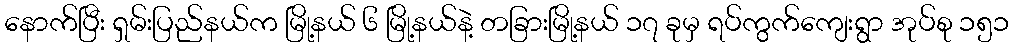
နောက်ပြီး ရှမ်းပြည်နယ်က မြို့နယ် ၆ မြို့နယ်နဲ့ တခြားမြို့နယ် ၁၇ ခုမှ ရပ်ကွက်ကျေးရွာ အုပ်စု ၁၅၁